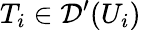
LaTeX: T_{i}\in{\mathcal{D}}^{\prime}(U_{i})